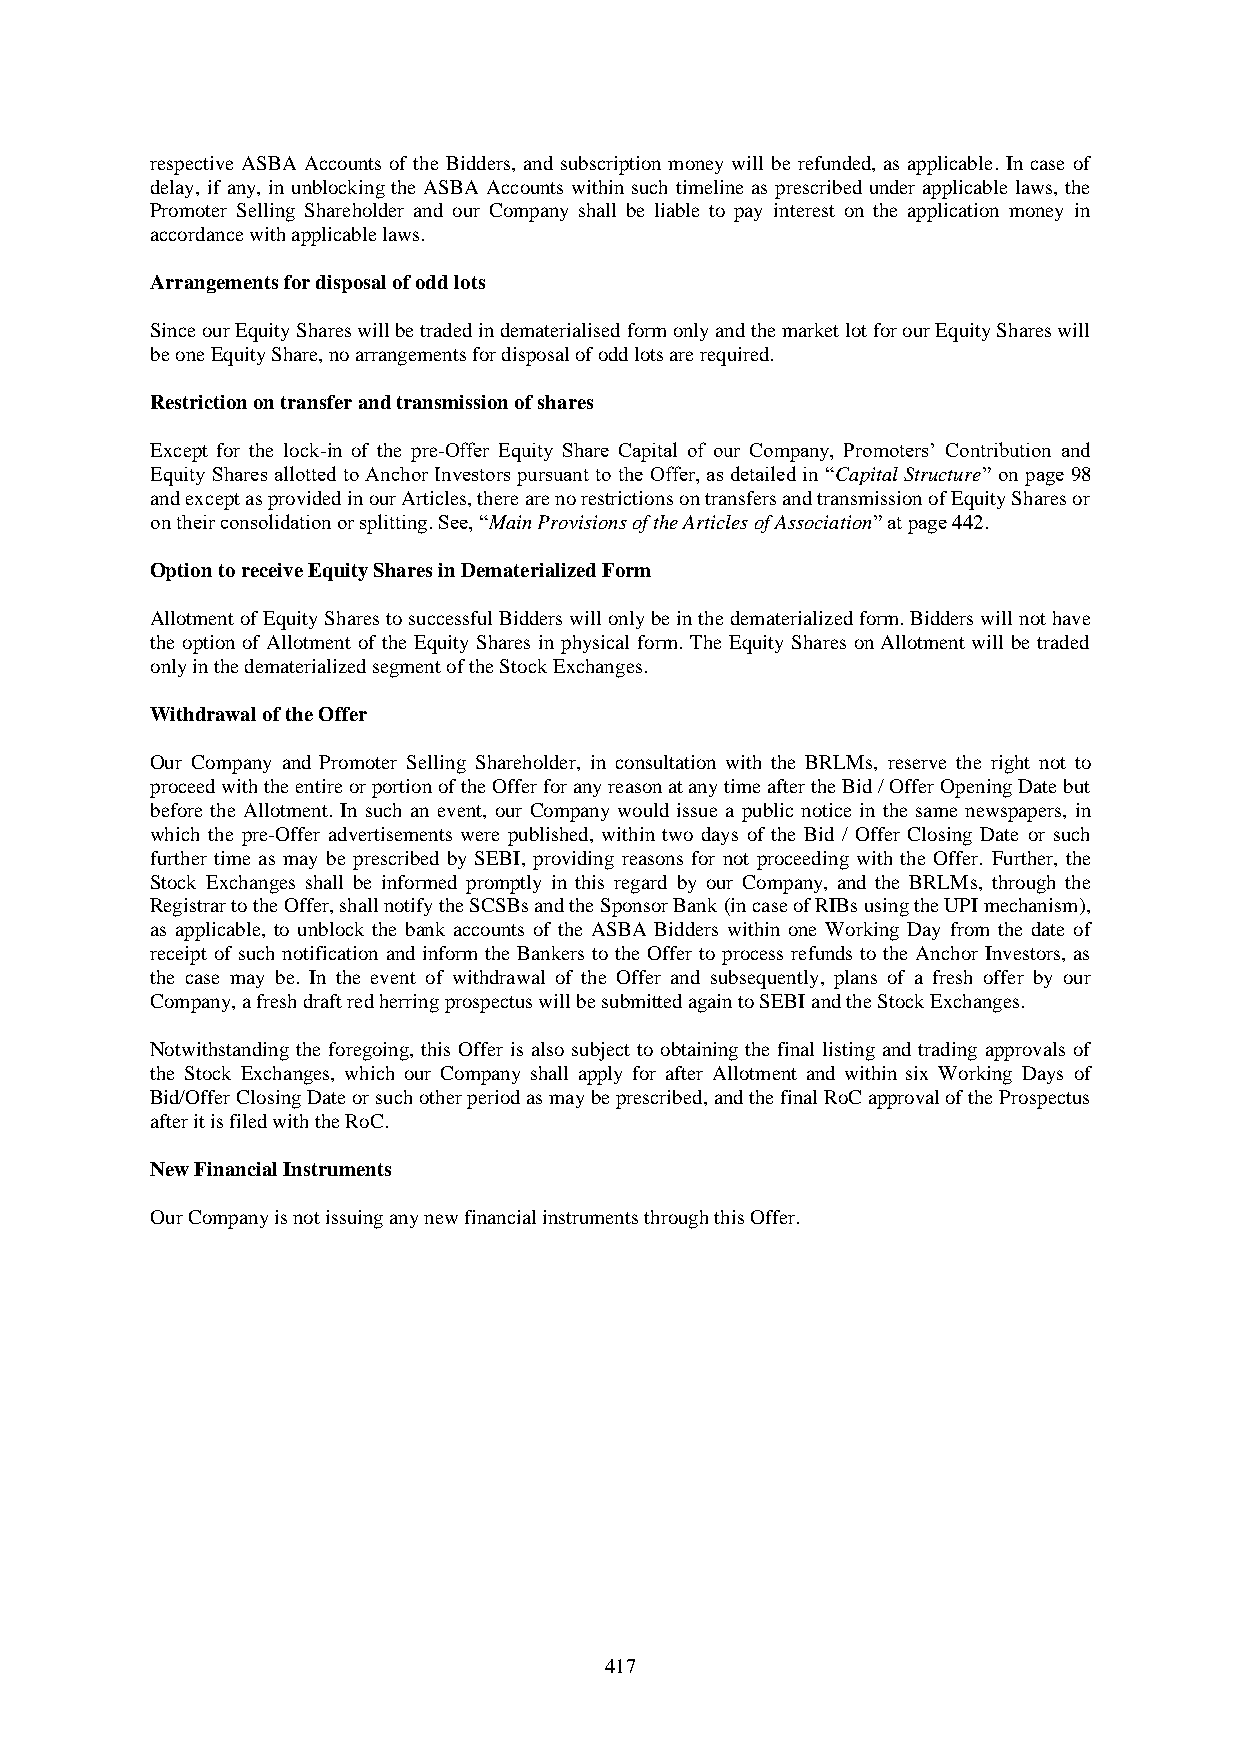
respective ASBA Accounts of the Bidders, and subscription money will be refunded, as applicable. In case of
 delay, if any, in unblocking the ASBA Accounts within such timeline as prescribed under applicable laws, the
 Promoter Selling Shareholder and our Company shall be liable to pay interest on the application money in
 accordance with applicable laws.
 Arrangements for disposal of odd lots
 Since our Equity Shares will be traded in dematerialised form only and the market lot for our Equity Shares will
 be one Equity Share, no arrangements for disposal of odd lots are required.
 Restriction on transfer and transmission of shares
 Except for the lock-in of the pre-Offer Equity Share Capital of our Company, Promoters’ Contribution and
 Equity Shares allotted to Anchor Investors pursuant to the Offer, as detailed in “Capital Structure” on page 98
 and except as provided in our Articles, there are no restrictions on transfers and transmission of Equity Shares or
 on their consolidation or splitting. See, “Main Provisions of the Articles of Association” at page 442.
 Option to receive Equity Shares in Dematerialized Form
 Allotment of Equity Shares to successful Bidders will only be in the dematerialized form. Bidders will not have
 the option of Allotment of the Equity Shares in physical form. The Equity Shares on Allotment will be traded
 only in the dematerialized segment of the Stock Exchanges.
 Withdrawal of the Offer
 Our Company and Promoter Selling Shareholder, in consultation with the BRLMs, reserve the right not to
 proceed with the entire or portion of the Offer for any reason at any time after the Bid / Offer Opening Date but
 before the Allotment. In such an event, our Company would issue a public notice in the same newspapers, in
 which the pre-Offer advertisements were published, within two days of the Bid / Offer Closing Date or such
 further time as may be prescribed by SEBI, providing reasons for not proceeding with the Offer. Further, the
 Stock Exchanges shall be informed promptly in this regard by our Company, and the BRLMs, through the
 Registrar to the Offer, shall notify the SCSBs and the Sponsor Bank (in case of RIBs using the UPI mechanism),
 as applicable, to unblock the bank accounts of the ASBA Bidders within one Working Day from the date of
 receipt of such notification and inform the Bankers to the Offer to process refunds to the Anchor Investors, as
 the case may be. In the event of withdrawal of the Offer and subsequently, plans of a fresh offer by our
 Company, a fresh draft red herring prospectus will be submitted again to SEBI and the Stock Exchanges.
 Notwithstanding the foregoing, this Offer is also subject to obtaining the final listing and trading approvals of
 the Stock Exchanges, which our Company shall apply for after Allotment and within six Working Days of
 Bid/Offer Closing Date or such other period as may be prescribed, and the final RoC approval of the Prospectus
 after it is filed with the RoC.
 New Financial Instruments
 Our Company is not issuing any new financial instruments through this Offer.
 417